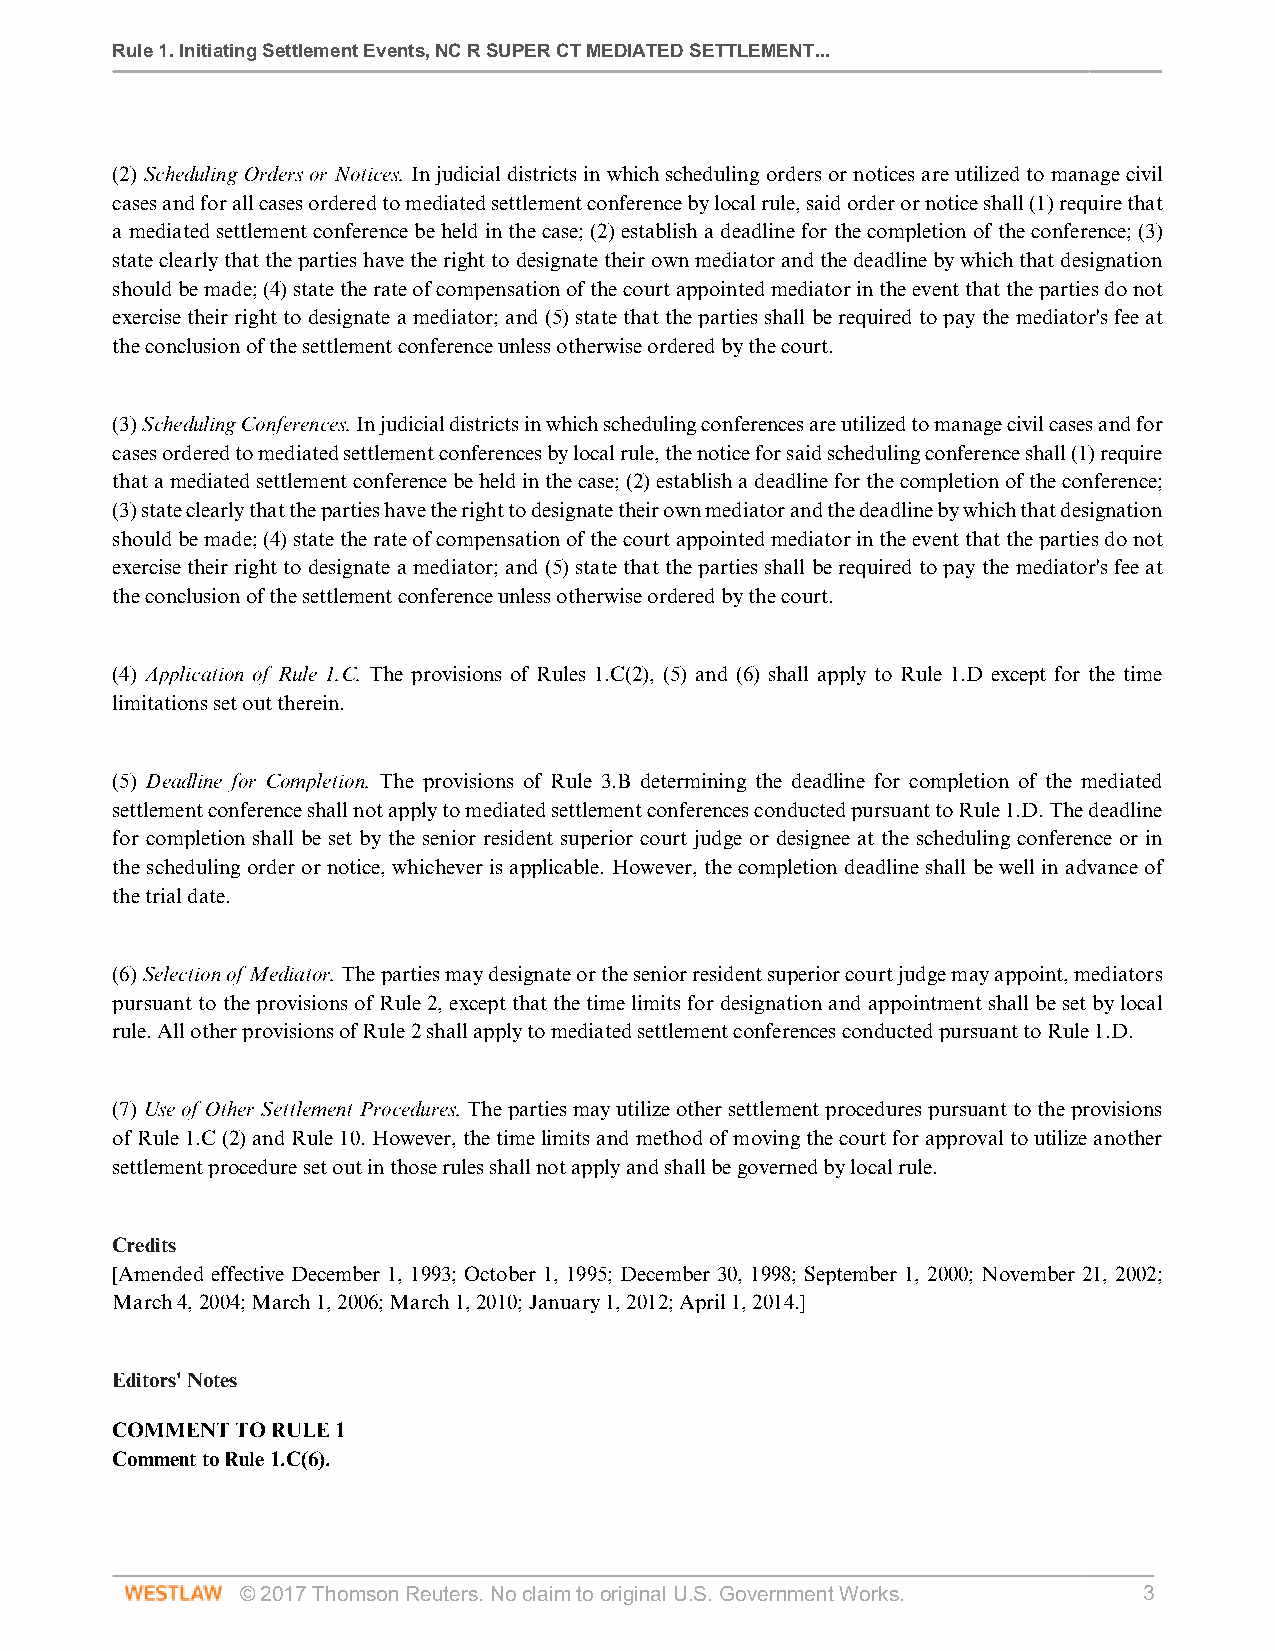
Rule 1. Initiating Settlement Events, NC R SUPER CT MEDIATED SETTLEMENT...
 (2) Scheduling Orders or Notices. In judicial districts in which scheduling orders or notices are utilized to manage civil
 cases and for all cases ordered to mediated settlement conference by local rule, said order or notice shall (1) require that
 a mediated settlement conference be held in the case; (2) establish a deadline for the completion of the conference; (3)
 state clearly that the parties have the right to designate their own mediator and the deadline by which that designation
 should be made; (4) state the rate of compensation of the court appointed mediator in the event that the parties do not
 exercise their right to designate a mediator; and (5) state that the parties shall be required to pay the mediator's fee at
 the conclusion of the settlement conference unless otherwise ordered by the court.
 (3) Scheduling Conferences. In judicial districts in which scheduling conferences are utilized to manage civil cases and for
 cases ordered to mediated settlement conferences by local rule, the notice for said scheduling conference shall (1) require
 that a mediated settlement conference be held in the case; (2) establish a deadline for the completion of the conference;
 (3) state clearly that the parties have the right to designate their own mediator and the deadline by which that designation
 should be made; (4) state the rate of compensation of the court appointed mediator in the event that the parties do not
 exercise their right to designate a mediator; and (5) state that the parties shall be required to pay the mediator's fee at
 the conclusion of the settlement conference unless otherwise ordered by the court.
 (4) Application of Rule 1.C. The provisions of Rules 1.C(2), (5) and (6) shall apply to Rule 1.D except for the time
 limitations set out therein.
 (5) Deadline for Completion. The provisions of Rule 3.B determining the deadline for completion of the mediated
 settlement conference shall not apply to mediated settlement conferences conducted pursuant to Rule 1.D. The deadline
 for completion shall be set by the senior resident superior court judge or designee at the scheduling conference or in
 the scheduling order or notice, whichever is applicable. However, the completion deadline shall be well in advance of
 the trial date.
 (6) Selection of Mediator. The parties may designate or the senior resident superior court judge may appoint, mediators
 pursuant to the provisions of Rule 2, except that the time limits for designation and appointment shall be set by local
 rule. All other provisions of Rule 2 shall apply to mediated settlement conferences conducted pursuant to Rule 1.D.
 (7) Use of Other Settlement Procedures. The parties may utilize other settlement procedures pursuant to the provisions
 of Rule 1.C (2) and Rule 10. However, the time limits and method of moving the court for approval to utilize another
 settlement procedure set out in those rules shall not apply and shall be governed by local rule.
 Credits
 [Amended effective December 1, 1993; October 1, 1995; December 30, 1998; September 1, 2000; November 21, 2002;
 March 4, 2004; March 1, 2006; March 1, 2010; January 1, 2012; April 1, 2014.]
 Editors' Notes
 COMMENT  TO RULE 1
 Comment to Rule 1.C(6).
 © 2017 Thomson Reuters. No claim to original U.S. Government Works. 3